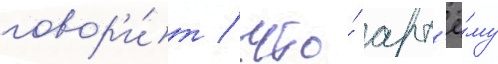
говор'и́т / что́ арт'ё́му